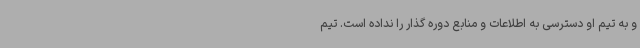
و به تیم او دسترسی به اطلاعات و منابع دوره گذار را نداده است. تیم